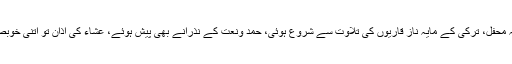
مغرب کی نماز کے بعد شروع ہونے والی یہ محفل، ترکی کے مایہ ناز قاریوں کی تلاوت سے شروع ہوئی، حمد ونعت کے نذرانے بھی پیش ہوئے، عشاء کی اذان تو اتنی خوبصورتی سے ادا کی گئی کہ سماں ہی بندھ گیا۔